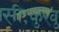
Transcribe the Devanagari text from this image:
तडफदारपणे